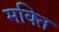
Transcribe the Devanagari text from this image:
मक्ति